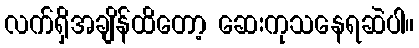
လက်ရှိအချိန်ထိတော့ ဆေးကုသနေရဆဲပါ။